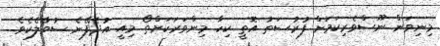
މިނިވަން ނޫސްވެރިކަމަށް ފުރުސަތު އޮތީ ކިހާ މިންވަރަކަށްތޯ މިއީ އުދެފޭނެ ސުވާލެކެވެ.